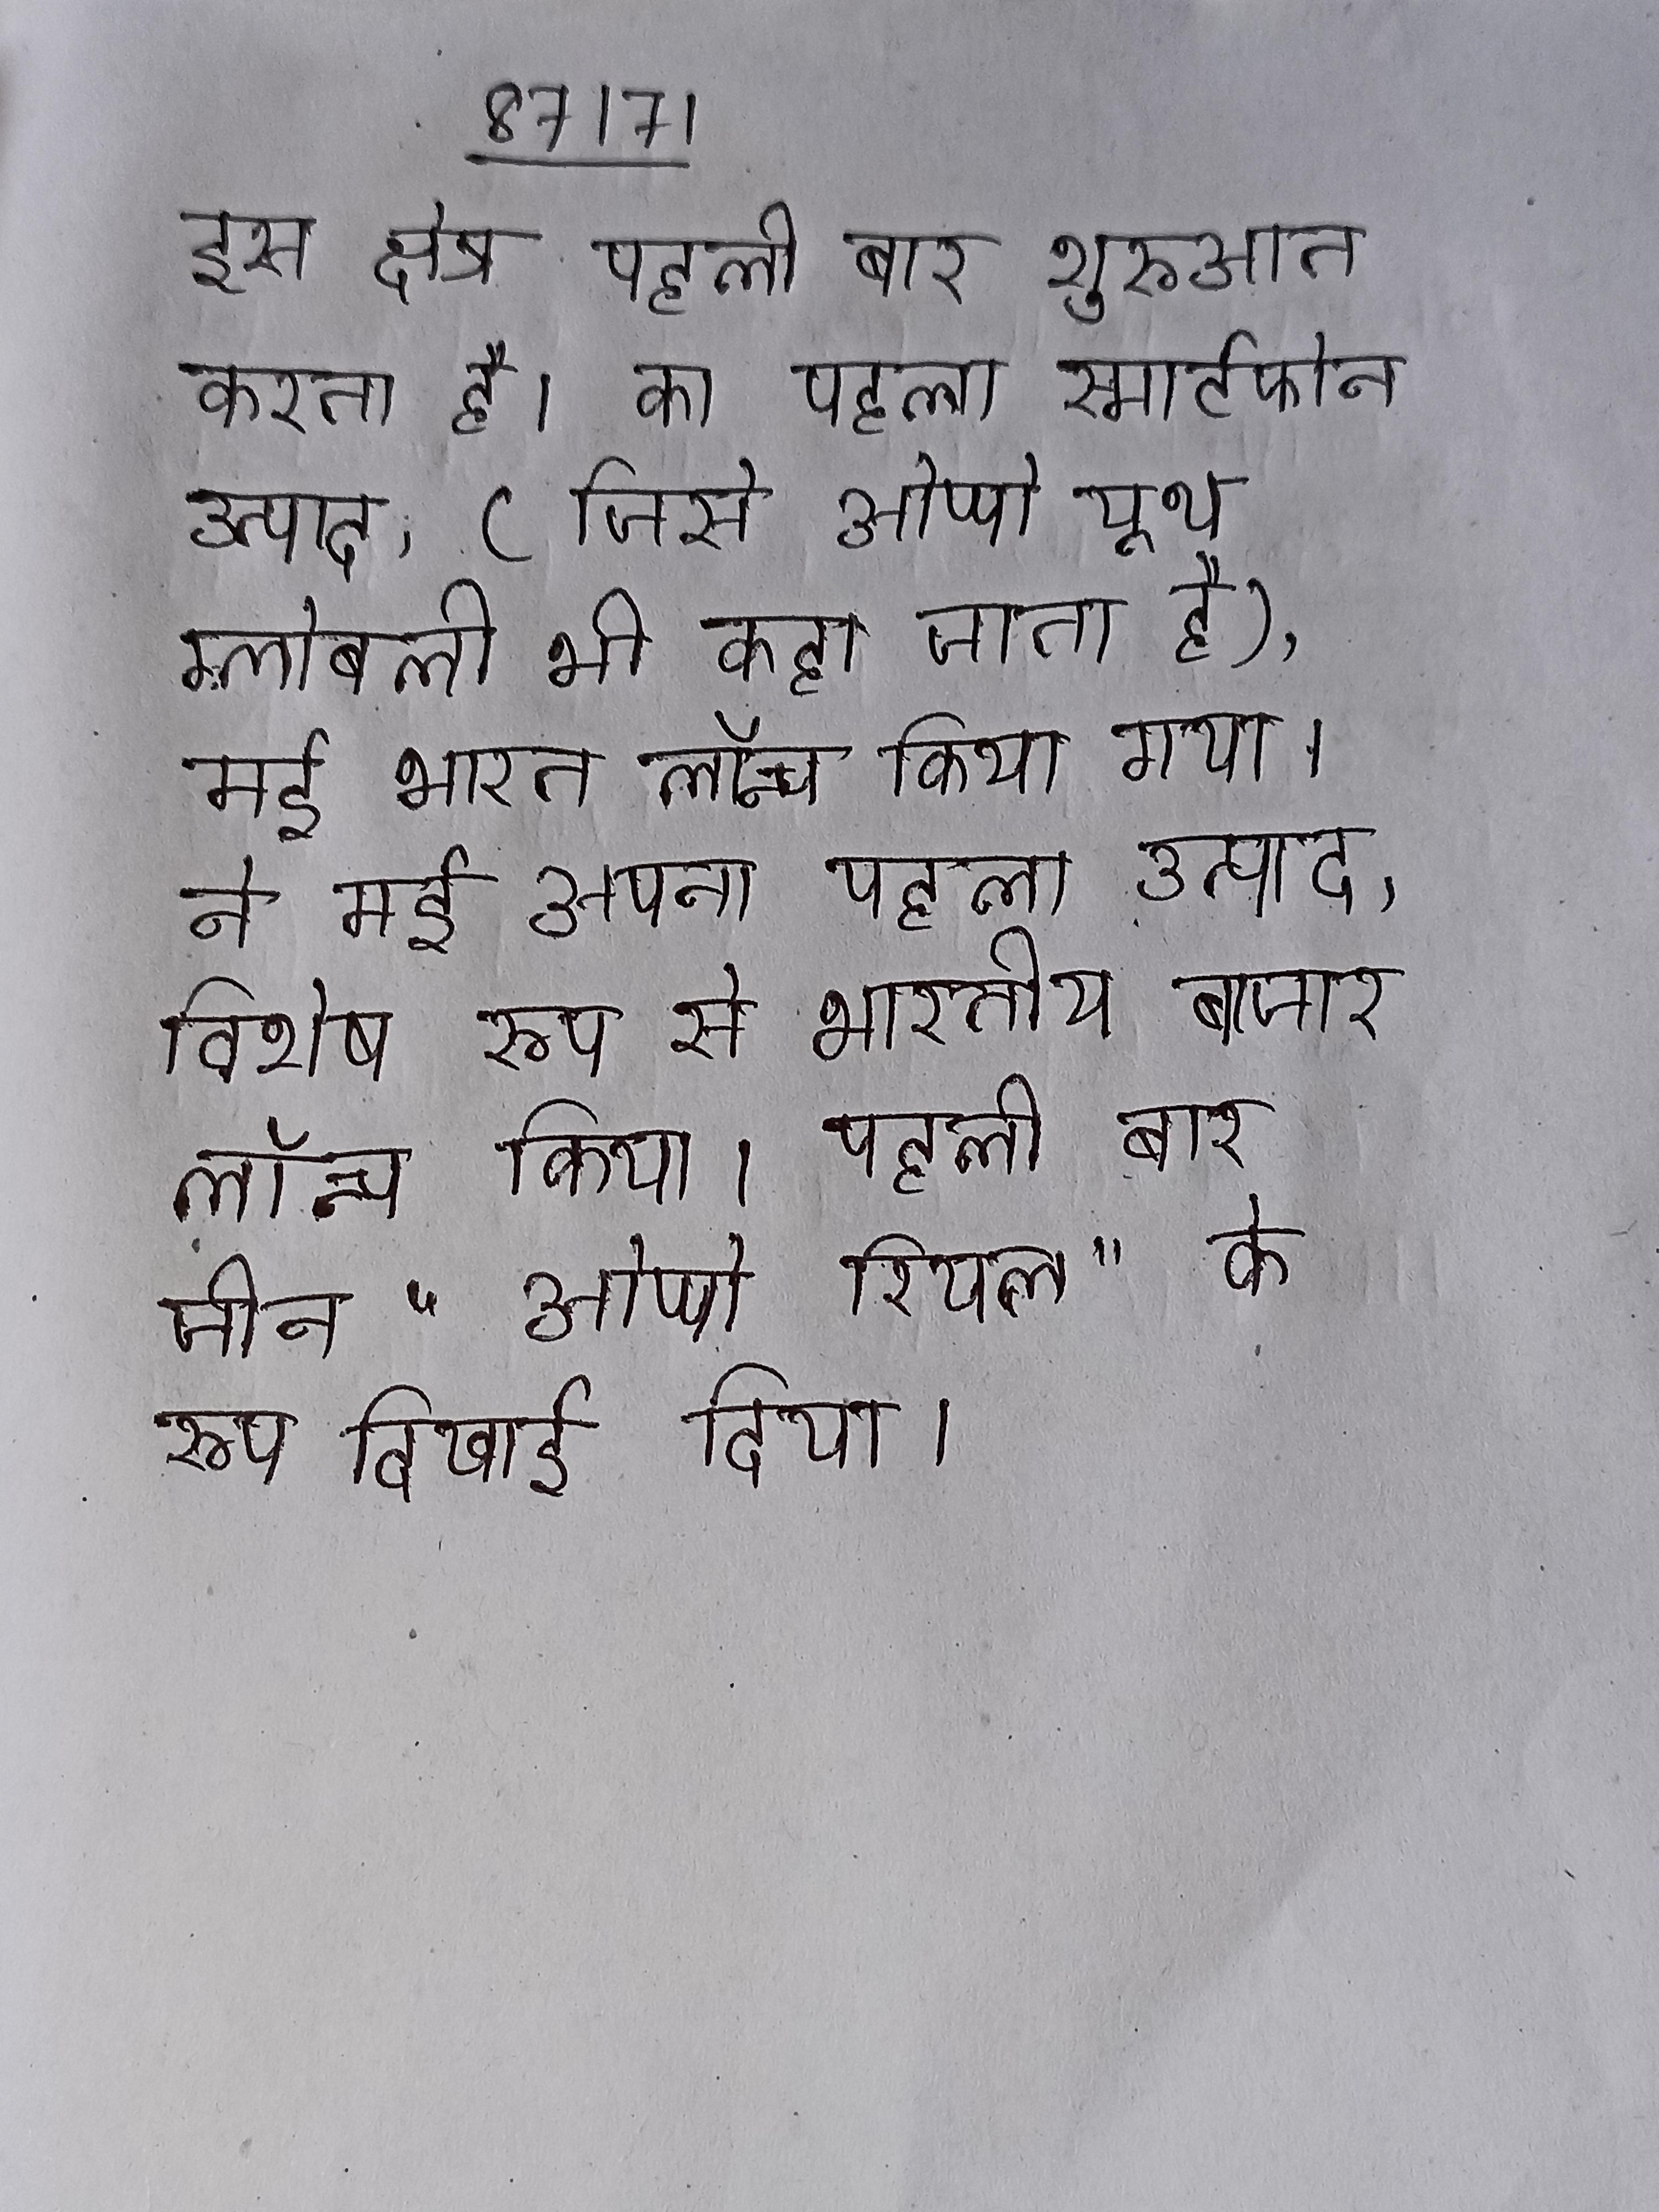
इस क्षेत्र पहली बार शुरुआत करता है । का पहला स्मार्टफोन उत्पाद, (जिसे ओप्पो यूथ ग्लोबली भी कहा जाता है), मई भारत लॉन्च किया गया । ने मई अपना पहला उत्पाद, विशेष रूप से भारतीय बाजार लॉन्च किया । पहली बार चीन "ओप्पो रियल" के रूप दिखाई दिया ।